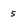
Character: 5